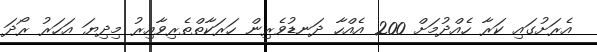
އެރަށުގައި ކަރާ ހެއްދުމަށް 200 އެއްހާ ދަނޑުވެރިން ހަރަކާތްތެރިވާއިރު މިދިޔަ އަހަރު ރޯދަ